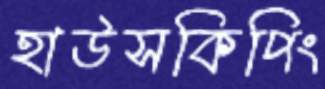
হাউসকিপিং